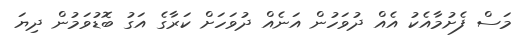
މަސް ފެށުމާއެކު އެއް ދުވަހުން އަނެއް ދުވަހަށް ކަރާގެ އަގު ބޮޑުވަމުން ދިޔަ